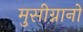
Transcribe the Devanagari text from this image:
मुसीग्नानो